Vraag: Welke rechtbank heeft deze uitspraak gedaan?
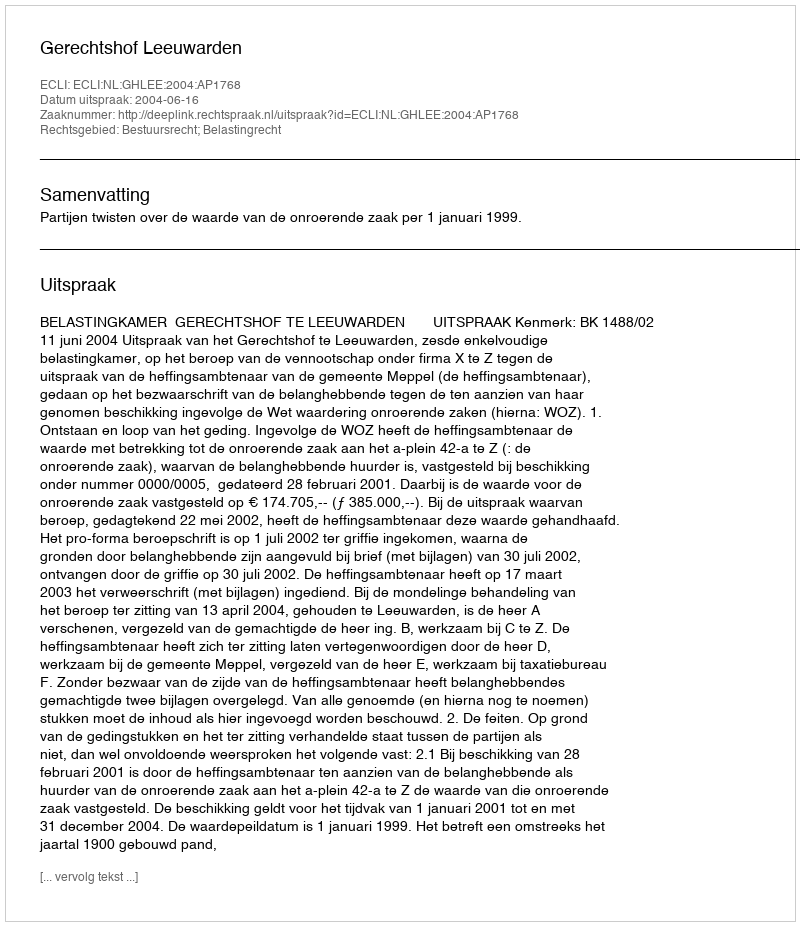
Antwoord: Gerechtshof Leeuwarden